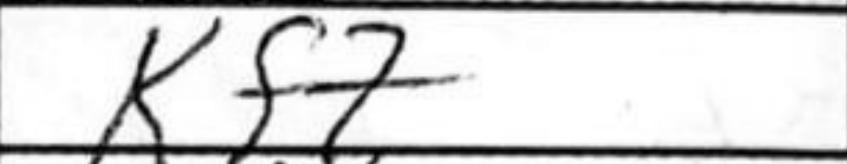
Transcription: Kf7